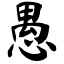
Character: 愚